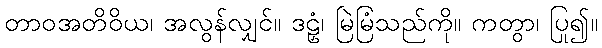
တာဝအတိဝိယ၊ အလွန်လျှင်။ ဒဠှံ၊ မြဲမြံသည်ကို။ ကတွာ၊ ပြု၍။